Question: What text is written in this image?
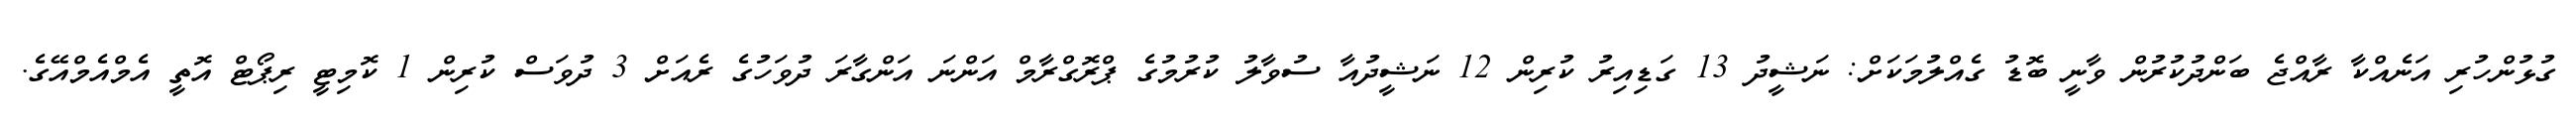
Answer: ގުޅުންހުރި އަނެއްކާ ރާއްޖެ ބަންދުކުރުން ވާނީ ބޮޑު ގެއްލުމަކަށް: ނަޝީދު 13 ގަޑިއިރު ކުރިން 12 ނަޝީދުއާ ސުވާލު ކުރުމުގެ ޕްރޮގްރާމް އަންނަ އަންގާރަ ދުވަހުގެ ރެއަށް 3 ދުވަސް ކުރިން 1 ކޮމިޓީ ރިޕޯޓް އޮތީ އެމްއެމްއޭގެ.